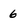
Character: 6